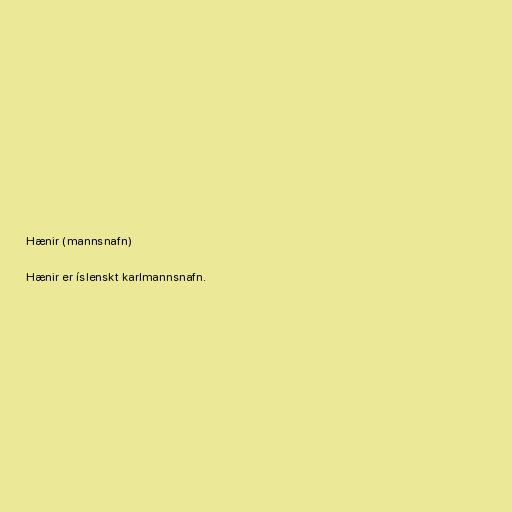
Hænir (mannsnafn)

Hænir er íslenskt karlmannsnafn.